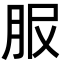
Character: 𦙹